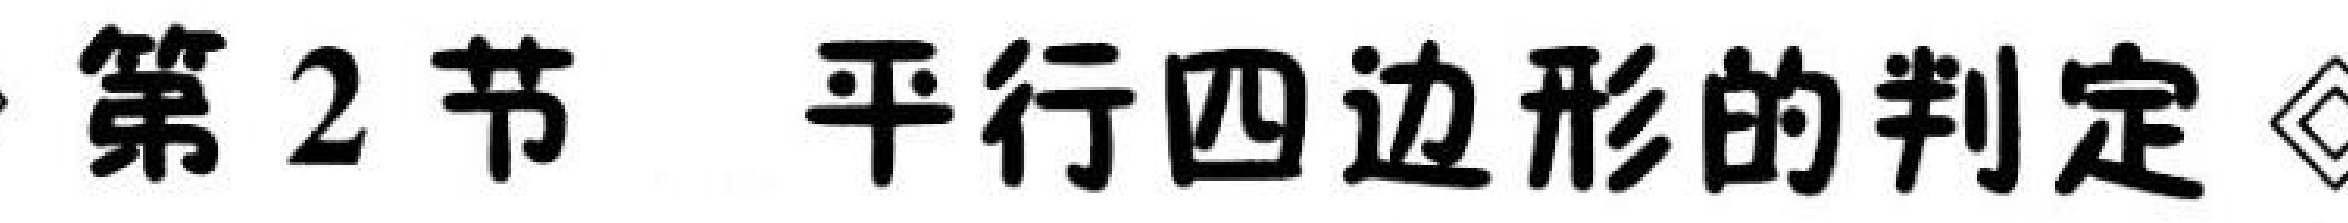
第2节 平行四边形的判定$\lozenge$